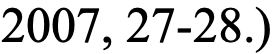
2007, 27-28.)